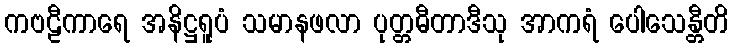
ကဗဠီကာရေ အနိဋ္ဌရူပံ သမာနဖလာ ပုတ္တဓီတာဒီသု အာကရံ ပေါသေန္တီတိ